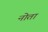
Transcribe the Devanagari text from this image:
नोता